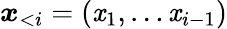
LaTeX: \boldsymbol{\mathit{x}}_{<i}=(\mathit{x}_{1},\dots\mathit{x}_{i-1})